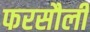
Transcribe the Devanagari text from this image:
फरसौली